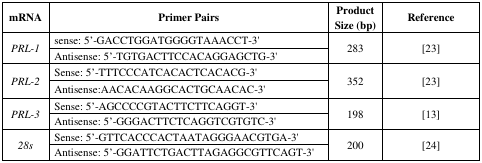
<table><thead><tr><td><b>mRNA</b></td><td><b>Primer Pairs</b></td><td><b>Product Size (bp)</b></td><td><b>Reference</b></td></tr></thead><tbody><tr><td rowspan="2"><i>PRL-1</i></td><td>sense: 5′-GACCTGGATGGGGTAAACCT-3′</td><td rowspan="2">283</td><td rowspan="2">[23]</td></tr><tr><td>Antisense: 5′-TGTGACTTCCACAGGAGCTG-3′</td></tr><tr><td rowspan="2"><i>PRL-2</i></td><td>Sense: 5′-TTTCCCATCACACTCACACG-3′</td><td rowspan="2">352</td><td rowspan="2">[23]</td></tr><tr><td>Antisense:AACACAAGGCACTGCAACAC-3′</td></tr><tr><td rowspan="2"><i>PRL-3</i></td><td>Sense: 5′-AGCCCCGTACTTCTTCAGGT-3′</td><td rowspan="2">198</td><td rowspan="2">[31]</td></tr><tr><td>Antisense: 5′-GGGACTTCTCAGGTCGTGTC-3′</td></tr><tr><td rowspan="2"><i>28s</i></td><td>Sense: 5′-GTTCACCCACTAATAGGGAACGTGA-3′</td><td rowspan="2">200</td><td rowspan="2">[24]</td></tr><tr><td>Antisense: 5′-GGATTCTGACTTAGAGGCGTTCAGT-3′</td></tr></tbody></table>